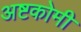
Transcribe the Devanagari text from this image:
अष्टकोमी